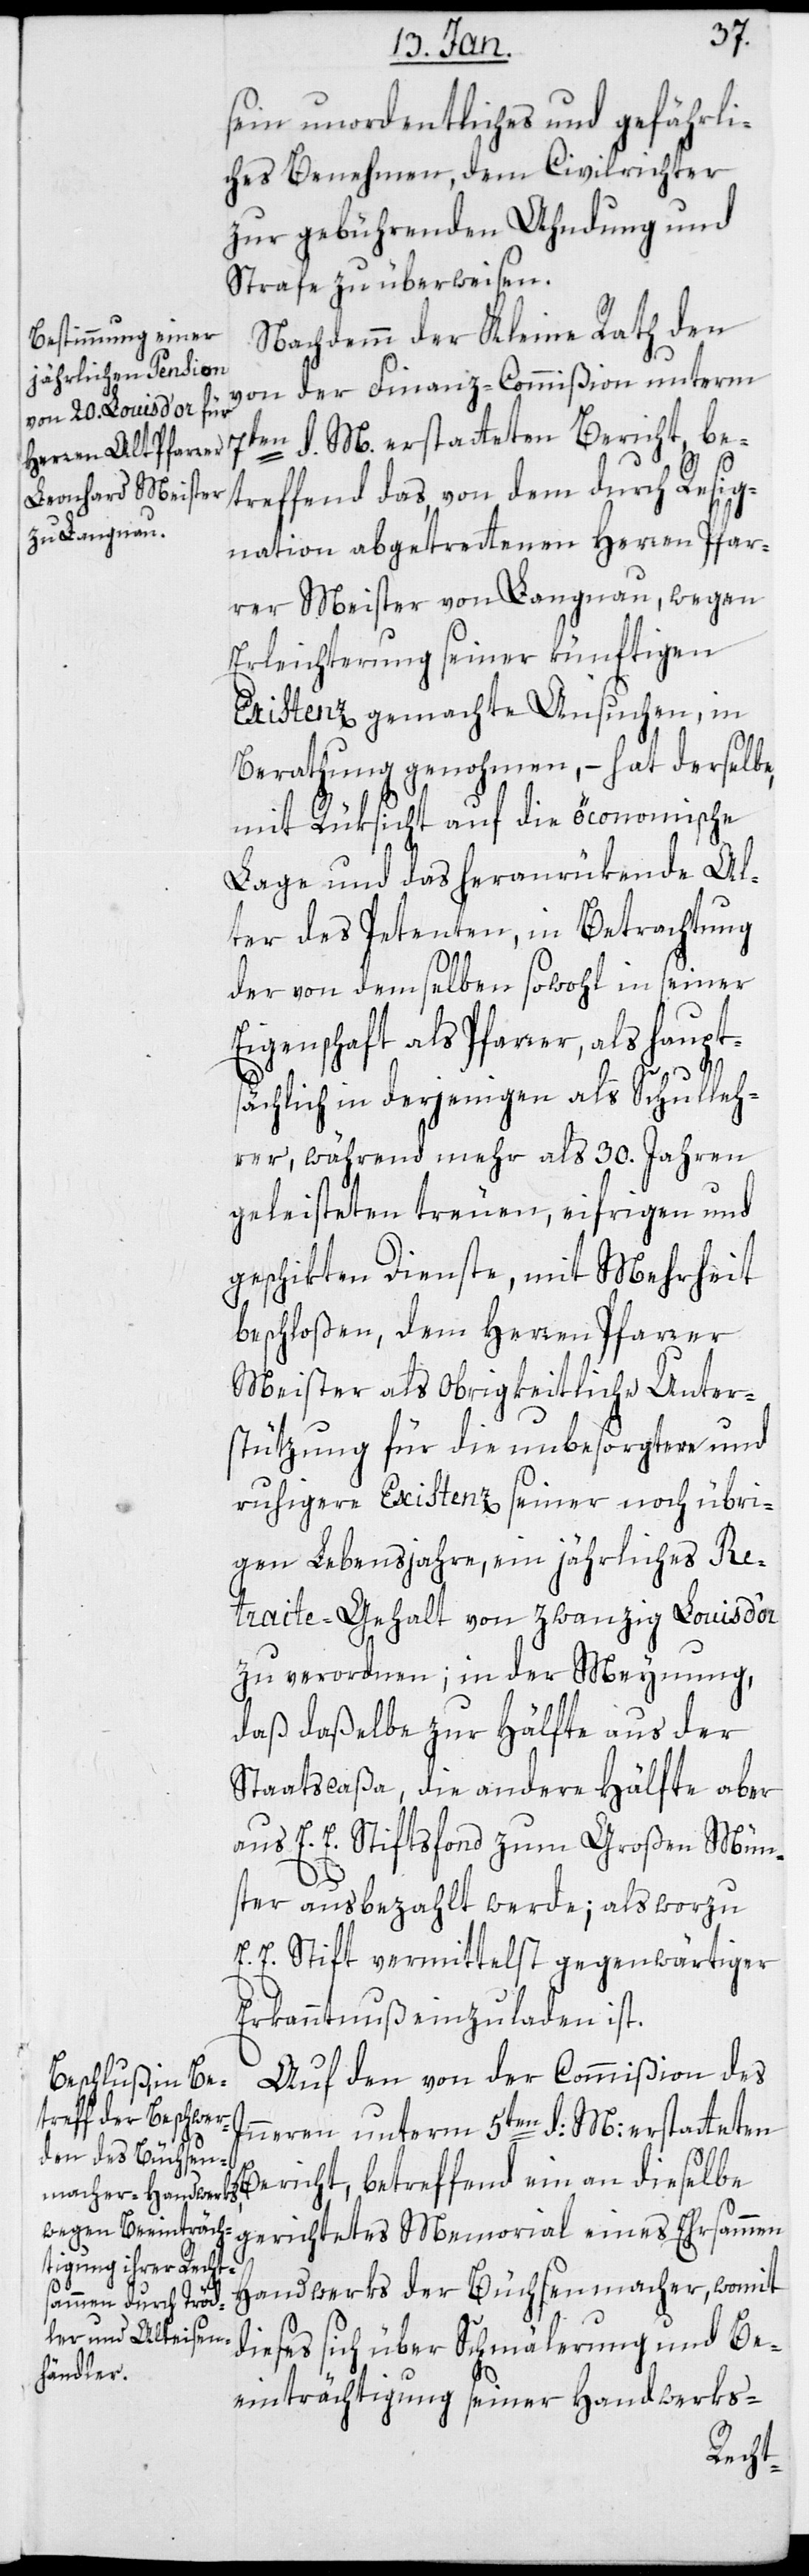
sein unordentliches und gefährli¬
ches Benehmen dem Civilrichter
zu gebührenden Ahndung und
Strafe zu überweisen.
Nachdem der Kleine Rath den
von der Finanz-Commißion unterm
7ten d. M. erstatteten Bericht be¬
treffend das, von dem durch Resig¬
nation abgetretenen Herren Pfar¬
rer Meister von Langnau, wegen
Erleichterung seiner künftigen
Existenz gemachte Ansuchen, in
Berathung genommen, – hat derselbe,
mit Rücksicht auf die öconomische
Lage und das heranrükende Al¬
ter des Petenten, in Betrachtung
der von demselben sowohl in seiner
Eigenschaft als Pfarrer, als haupt¬
sächlich in derjenigen als Schulleh¬
rer, während mehr als 30. Jahren
geleisteten treuen, eifrigen und
geschikten Dienste, mit Mehrheit
beschloßen, dem Herren Pfarrer
Meister als Obrigkeitliche Unter¬
stützung für die unbesorgtere und
ruhigere Existenz seiner noch übri¬
gen Lebensjahre, ein jährliches Re¬
traite-Gehalt von 20. Louisd’or
zu verordnen; in der Meynung,
daß dasselbe zur Hälfte aus der
Staatscaßa, die andere Hälfte aber
aus E. E. Stiftfonds zum Großen Mün¬
ster ausbezahlt werde; als worzu
E. E. Stift vermittelst gegenwärtiger
Erkanntnuß einzuladen ist.
Auf den von der Commißion des
Innern unterm 5ten d. M. erstatteten
Bericht, betreffend ein an dieselbe
Handwerks der Büchsenmacher, womit
dieses sich über Schmälerung und Be¬
einträchtigung seiner Handwerks-